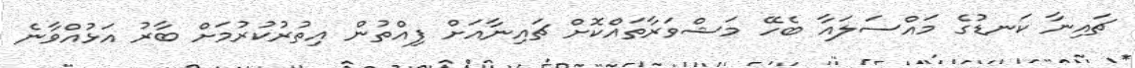
ޗައިނާ ކަނޑުގެ މައްސަލައާ ބެހޭ މަޝްވަރާތައްކޮށް ޗައިނާއަށް ފިއްތުން އިތުރުކުރުމަށް ބާރު އަޅުއްވާނެ